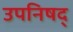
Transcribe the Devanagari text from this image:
उपनिषद्